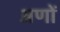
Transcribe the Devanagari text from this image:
अणों